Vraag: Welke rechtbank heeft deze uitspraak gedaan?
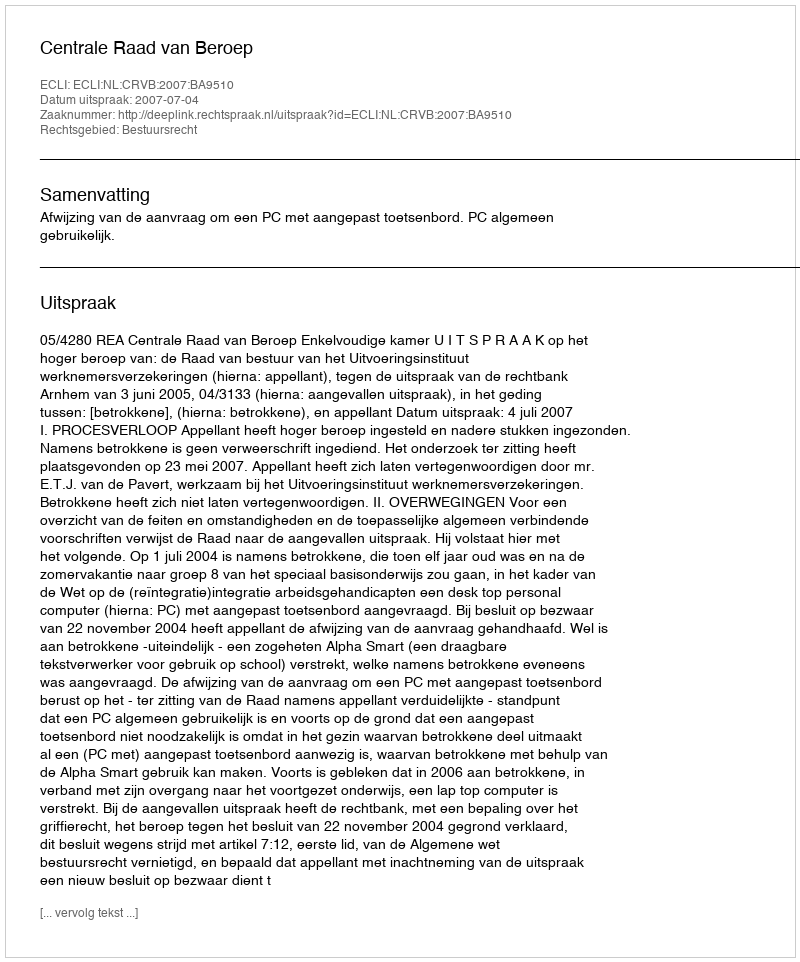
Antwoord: Centrale Raad van Beroep